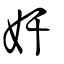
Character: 奸